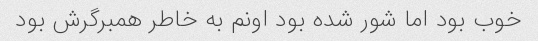
خوب بود اما شور شده بود اونم به خاطر همبرگرش بود